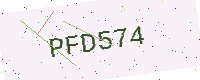
Text: PFD574